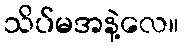
သိပ်မအနဲ့လေ။